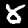
Digit: 8